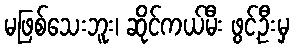
မဖြစ်သေးဘူး၊ ဆိုင်ကယ်မီး ဖွင့်ဦးမှ